Report on the metropolitan horse fairs and district horse shows of 1892-93 - 1892-1893
Year: 1892
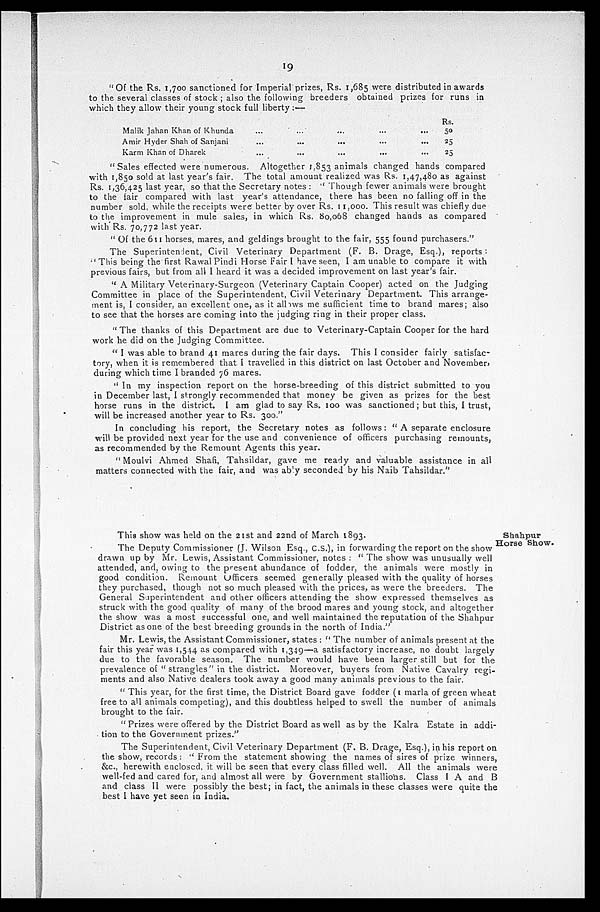
19
"Of the Rs. 1,700 sanctioned for Imperial prizes, Rs. 1,685 were distributed in awards
to the several classes of stock; also the following breeders obtained prizes for runs in
which they allow their young stock full liberty:—
Malik Jahan Khan of Khunda
Amir Hyder Shah of Sanjani
Karm Khan of Dharek
...
...
...
...
...
...
...
...
...
...
...
...
...
...
...
Rs.
50
25
25
"Sales effected were numerous. Altogether 1,853 animals changed hands compared
with 1,850 sold at last year's fair. The total amount realized was Rs. 1,47,480 as against
Rs. 1,36,425 last year, so that the Secretary notes: "Though fewer animals were brought
to the fair compared with last year's attendance, there has been no falling off in the
number sold, while the receipts were better by over Rs. 11,000. This result was chiefly due
to the improvement in mule sales, in which Rs. 80,068 changed hands as compared
with Rs. 70,772 last year.
"Of the 611 horses, mares, and geldings brought to the fair, 555 found purchasers."
The Superintendent, Civil Veterinary Department (F. B. Drage, Esq.), reports:
"This being the first Rawalpindi Horse Fair I have seen, I am unable to compare it with
previous fairs, but from all I heard it was a decided improvement on last year's fair.
"A Military Veterinary-Surgeon (Veterinary Captain Cooper) acted on the Judging
Committee in place of the Superintendent, Civil Veterinary Department. This arrange-
ment is, I consider, an excellent one, as it allows me sufficient time to brand mares; also
to see that the horses are coming into the judging ring in their proper class.
"The thanks of this Department are due to Veterinary-Captain Cooper for the hard
work he did on the Judging Committee.
"I was able to brand 41 mares during the fair days. This I consider fairly satisfac-
tory, when it is remembered that I travelled in this district on last October and November,
during which time I branded 76 mares.
"In my inspection report on the horse-breeding of this district submitted to you
in December last, I strongly recommended that money be given as prizes for the best
horse runs in the district. I am glad to say Rs. 100 was sanctioned; but this, I trust,
will be increased another year to Rs. 300."
In concluding his report, the Secretary notes as follows: "A separate enclosure
will be provided next year for the use and convenience of officers purchasing remounts,
as recommended by the Remount Agents this year.
"Moulvi Ahmed Shafi, Tahsildar, gave me ready and valuable assistance in all
matters connected with the fair, and was ably seconded by his Naib Tahsildar."
Shahpur
Horse Show.
This show was held on the 21st and 22nd of March 1893.
The Deputy Commissioner (J. Wilson Esq., C.S.), in forwarding the report on the show
drawn up by Mr. Lewis, Assistant Commissioner, notes: "The show was unusually well
attended, and, owing to the present abundance of fodder, the animals were mostly in
good condition. Remount Officers seemed generally pleased with the quality of horses
they purchased, though not so much pleased with the prices, as were the breeders. The
General Superintendent and other officers attending the show expressed themselves as
struck with the good quality of many of the brood mares and young stock, and altogether
the show was a most successful one, and well maintained the reputation of the Shahpur
District as one of the best breeding grounds in the north of India."
Mr. Lewis, the Assistant Commissioner, states: "The number of animals present at the
fair this year was 1,544 as compared with 1,349—a satisfactory increase, no doubt largely
due to the favorable season. The number would have been larger still but for the
prevalence of "strangles" in the district. Moreover, buyers from Native Cavalry regi-
ments and also Native dealers took away a good many animals previous to the fair.
"This year, for the first time, the District Board gave fodder (I marla of green wheat
free to all animals competing), and this doubtless helped to swell the number of animals
brought to the fair.
"Prizes were offered by the District Board as well as by the Kalra Estate in addi-
tion to the Government prizes."
The Superintendent, Civil Veterinary Department (F. B. Drage, Esq.), in his report on
the show, records: "From the statement showing the names of sires of prize winners,
&c., herewith enclosed, it will be seen that every class filled well. All the animals were
well-fed and cared for, and almost all were by Government stallions. Class I A and B
and class II were possibly the best; in fact, the animals in these classes were quite the
best I have yet seen in India.